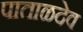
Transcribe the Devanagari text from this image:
पाताळदेव